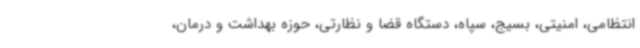
انتظامی، امنیتی، بسیج، سپاه، دستگاه قضا و نظارتی، حوزه بهداشت و درمان،